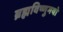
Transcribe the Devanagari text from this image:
ब्रह्मविष्णुमयो